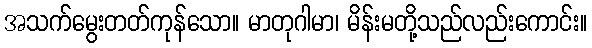
အသက်မွေးတတ်ကုန်သော။ မာတုဂါမာ၊ မိန်းမတို့သည်လည်းကောင်း။